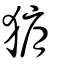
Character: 猏